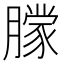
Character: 𬂔